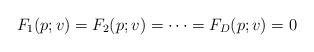
\begin{align*} F_1(p;v) = F_2(p;v) = \cdots = F_D(p;v) = 0\end{align*}